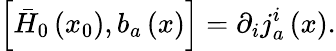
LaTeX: \left[\bar{H}_{0}\left(x_{0}\right),b_{a}\left(x\right)\right]=\partial_{i}j_{a}^{i}\left(x\right).